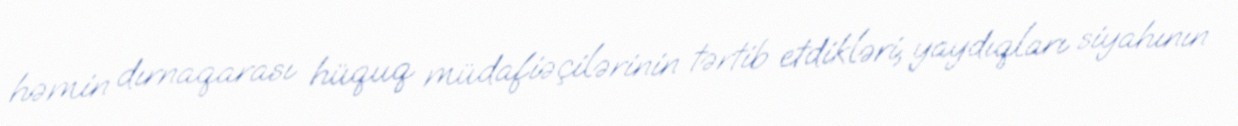
həmin dırnaqarası hüquq müdafiəçilərinin tərtib etdikləri, yaydıqları siyahının